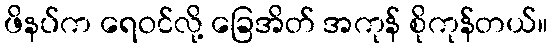
ဖိနပ်က ရေဝင်လို့ ခြေအိတ် အကုန် စိုကုန်တယ်။